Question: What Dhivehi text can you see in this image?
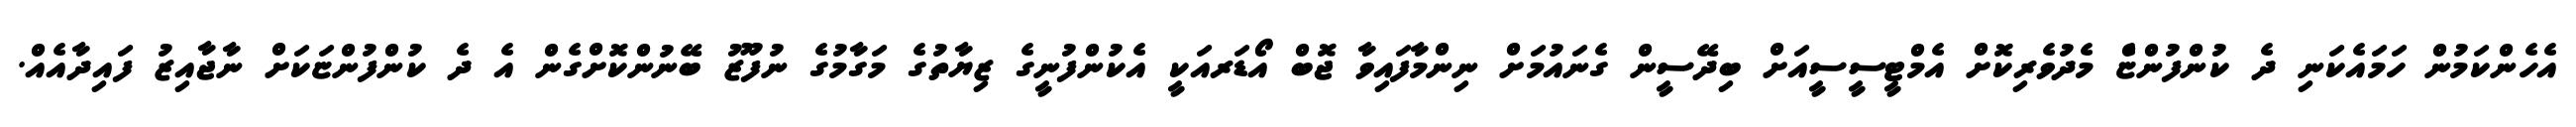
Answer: އެހެންކަމުން ހަމައެކަނި ދެ ކުންފުންޏެް މެދުވެރިކޮށް އެމްޓީސީސީއަށް ބިދޭސީން ގެނައުމަށް ނިންމާފައިވާ ޖޮބް އޯޑަރއަކީ އެކުންފުނީގެ ޒިޔާތުގެ މަގާމުގެ ނުފޫޒު ބޭނުންކޮށްގެން އެ ދެ ކުންފުންޏަކަށް ނާޖާއިޒު ފައިދާއެއް.